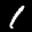
Label: 1